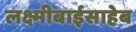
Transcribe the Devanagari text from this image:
लक्ष्मीबाईसाहेब